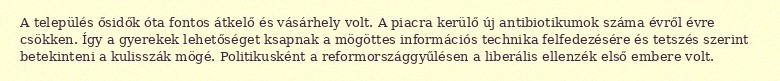
A település ősidők óta fontos átkelő és vásárhely volt. A piacra kerülő új antibiotikumok száma évről évre csökken. Így a gyerekek lehetőséget ksapnak a mögöttes információs technika felfedezésére és tetszés szerint betekinteni a kulisszák mögé. Politikusként a reformországgyűlésen a liberális ellenzék első embere volt.